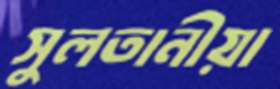
সুলতানীয়া